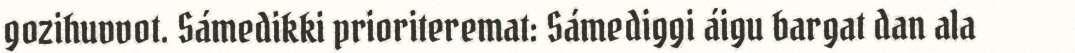
gozihuvvot. Sámedikki prioriteremat: Sámediggi áigu bargat dan ala